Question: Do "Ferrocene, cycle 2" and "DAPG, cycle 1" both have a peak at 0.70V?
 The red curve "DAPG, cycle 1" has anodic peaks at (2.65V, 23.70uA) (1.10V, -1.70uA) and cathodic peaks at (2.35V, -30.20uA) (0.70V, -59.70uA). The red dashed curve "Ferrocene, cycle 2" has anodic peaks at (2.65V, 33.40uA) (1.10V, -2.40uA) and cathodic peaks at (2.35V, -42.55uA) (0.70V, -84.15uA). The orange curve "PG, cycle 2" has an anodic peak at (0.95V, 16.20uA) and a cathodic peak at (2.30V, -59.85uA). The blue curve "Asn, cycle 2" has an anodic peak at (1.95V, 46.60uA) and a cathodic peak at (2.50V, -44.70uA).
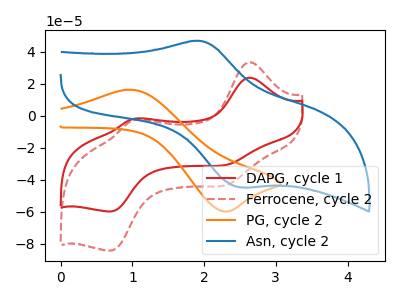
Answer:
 <answer>Yes, "Ferrocene, cycle 2" and "DAPG, cycle 1" share a peak at 0.70V.</answer>
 <eval>match</eval>